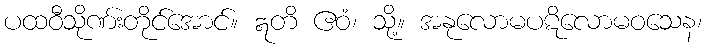
ပထဝီသိုဏ်းတိုင်အောင်။ ဣတိ ဧဝံ၊ သို့။ အနုလောမပဋိလောမဝသေန၊